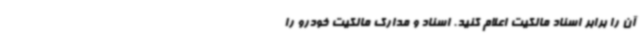
آن را برابر اسناد مالکیت اعلام کنید. اسناد و مدارک مالکیت خودرو را